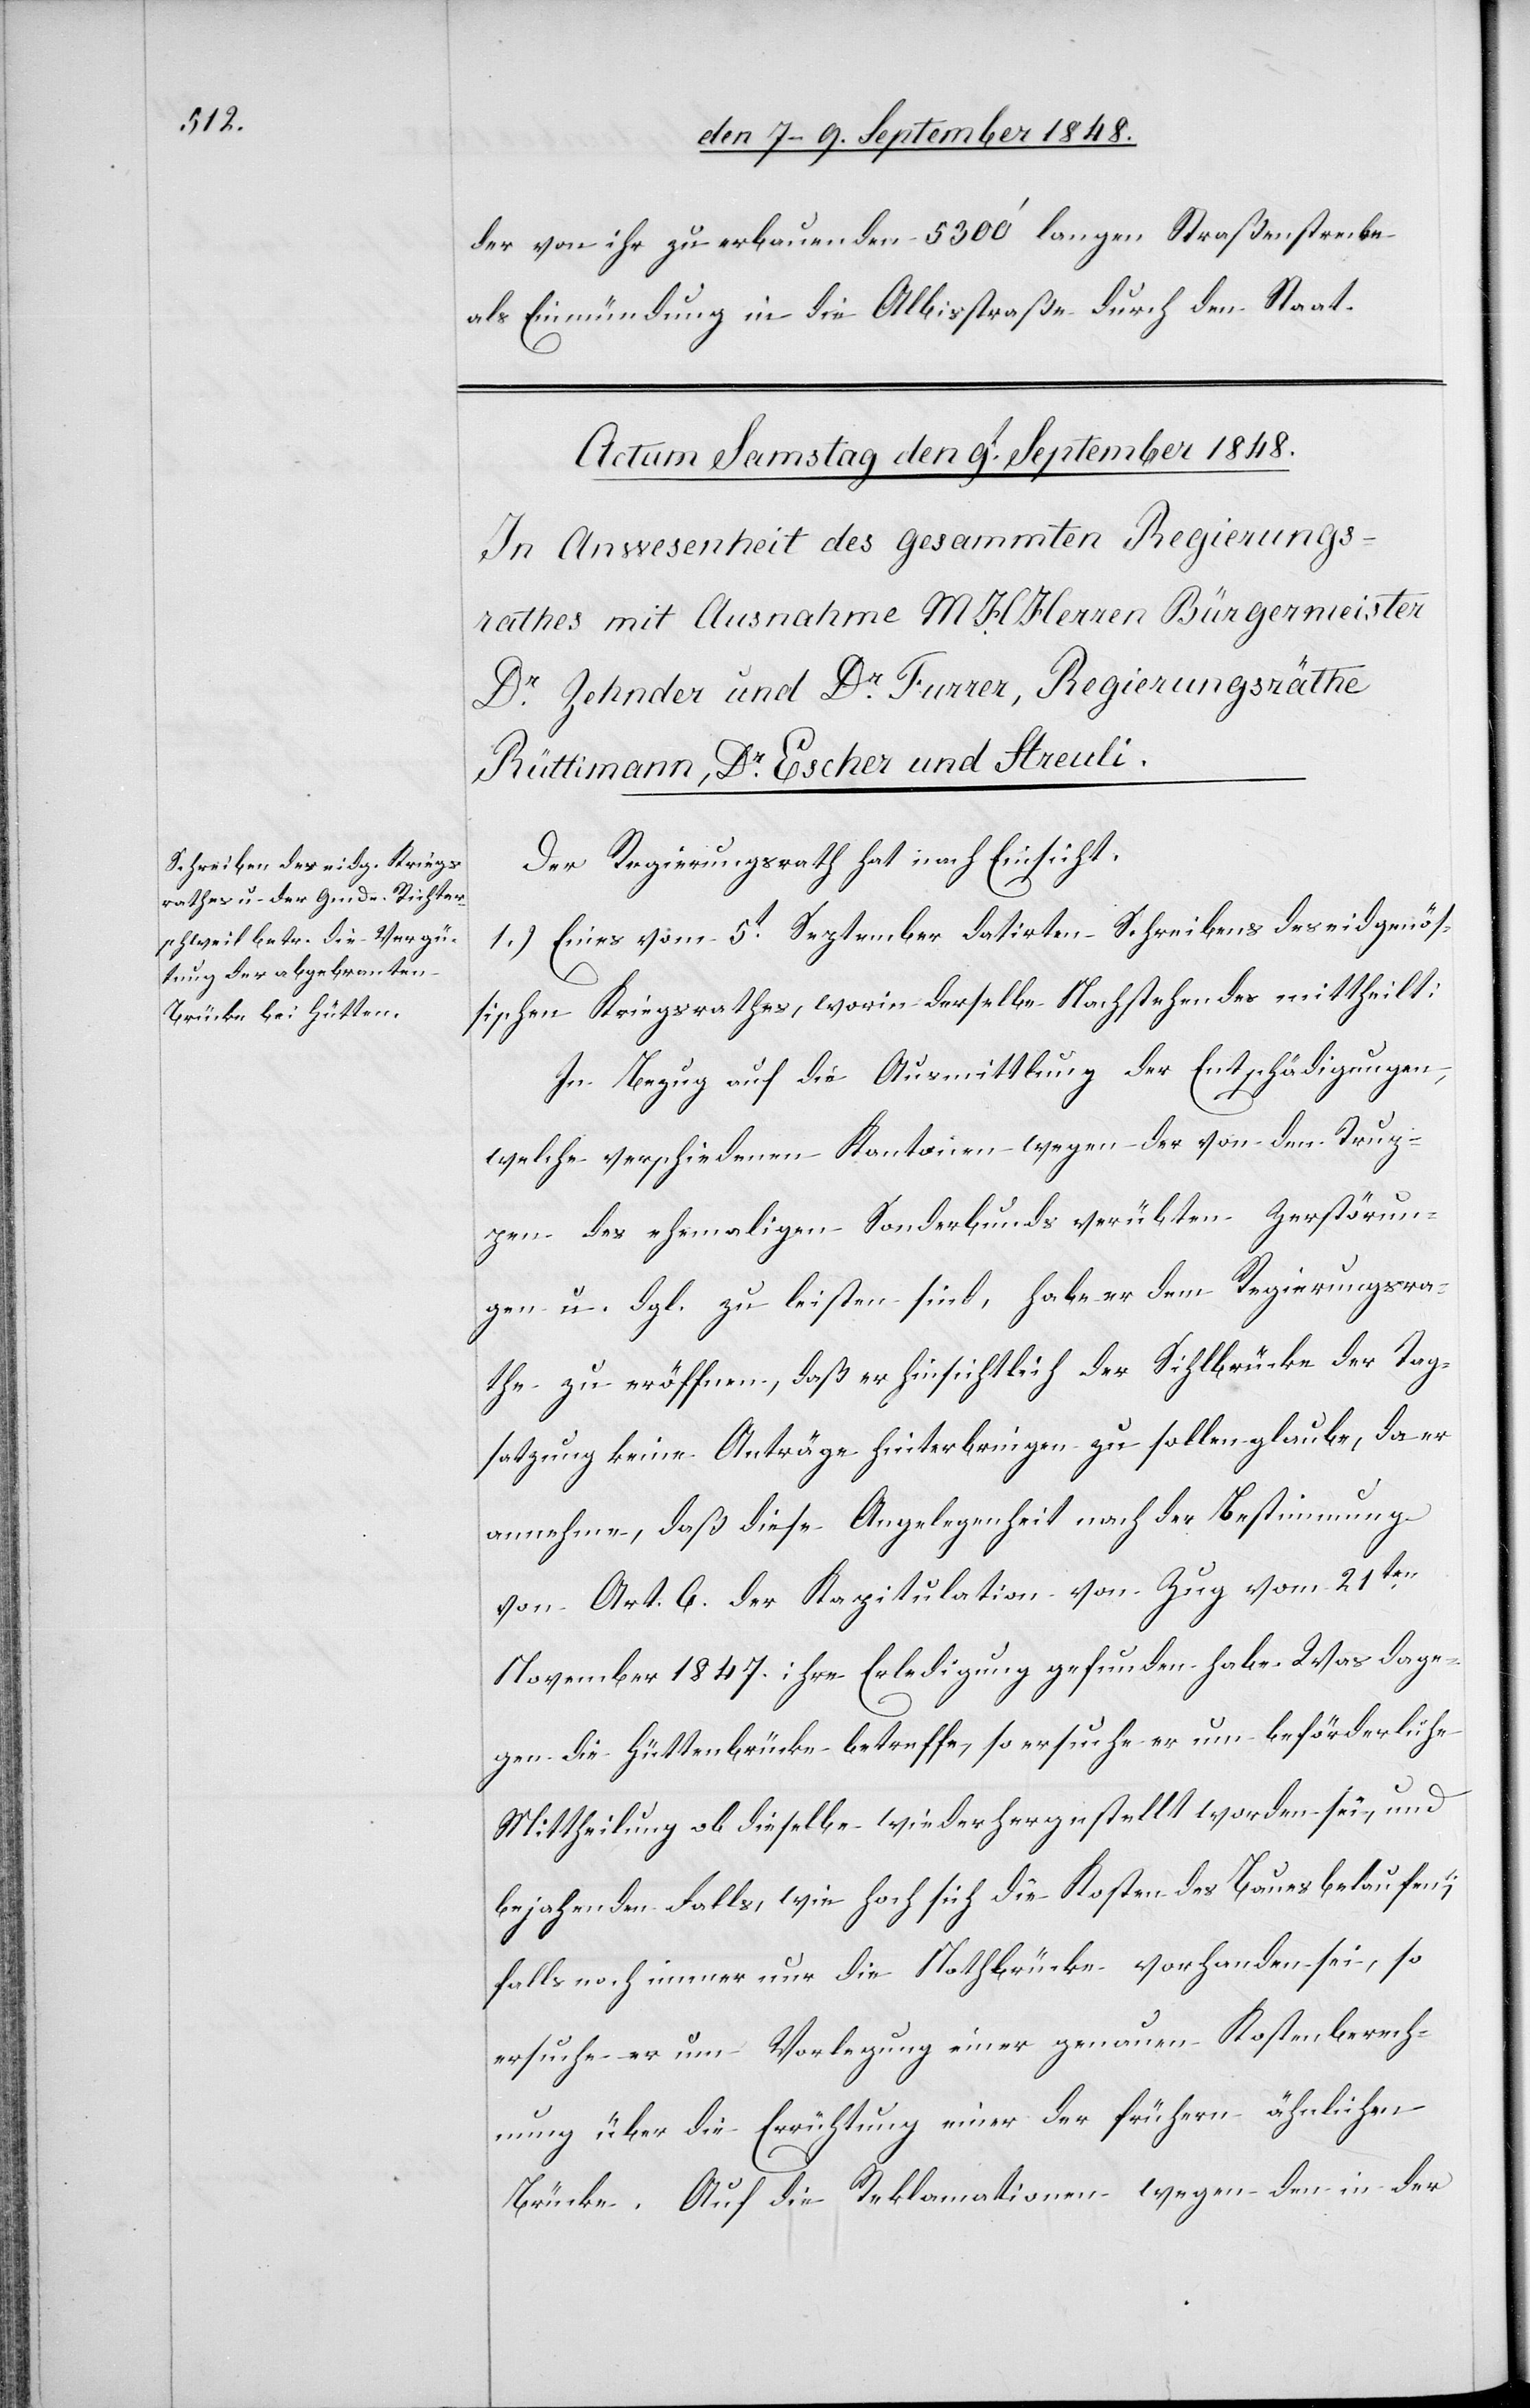
der von ihr zu erbauenden 5300’ langen Straßenstrecke
als Einmündung in die Albisstraße durch den Staat.
Der Regierungsrath hat nach Einsicht:
1.) Eines vom 5t September datirten Schreibens des eidgenös¬
sischen Kriegsrathes, worin derselbe Nachstehendes mittheilt:
In Bezug auf die Ausmittlung der Entschädigungen,
welche verschiedenen Kantonen wegen der von den Trup¬
pen des ehemaligen Sonderbunds verübten Zerstörun¬
gen u. dgl. zu leisten sind, habe er dem Regierungsra¬
the zu eröffnen, daß er hinsichtlich der Sihlbrücke der Tag¬
satzung keine Anträge hinterbringen zu sollen glaube, da er
annehme, daß diese Angelegenheit nach der Bestimmung
von Art. 6. der Kapitulation von Zug vom 21ten
November 1847. ihre Erledigung gefunden habe. Was dage¬
gen die Hüttenbrücke betreffe, so ersuche er um beförderliche
Mittheilung ob dieselbe wiederhergestellt worden sei, und
bejahenden Falls, wie hoch sich die Kosten des Baues belaufen;
falls noch immer nur die Nothbrücke vorhanden sei, so
ersuche er um Vorlegung einer genauen Kostenberech¬
nung über die Errichtung einer der frühern ähnlichen
Brücke. Auf die Reklamationen wegen den in der